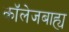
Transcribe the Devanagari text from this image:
कॉलेजबाह्य